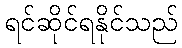
ရင်ဆိုင်ရနိုင်သည်